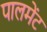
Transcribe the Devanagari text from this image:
पालमेंट